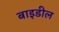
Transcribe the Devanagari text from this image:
बाइडील